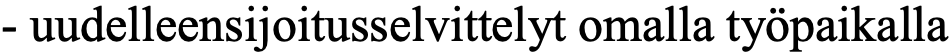
- uudelleensijoitusselvittelyt omalla työpaikalla